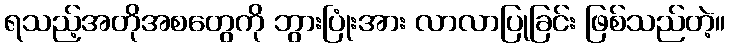
ရသည့်အတိုအစတွေကို ဘွားပြုံးအား လာလာပြုခြင်း ဖြစ်သည်တဲ့။